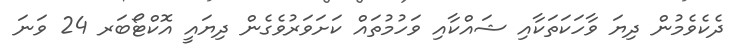
ދެކެވެމުން ދިޔަ ވާހަކަތަކާއި ޝައްކާއި ވަހުމުތައް ކަށަވަރުވެގެން ދިޔައީ އޮކްޓޯބަރ 24 ވަނަ